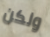
ولكن